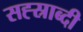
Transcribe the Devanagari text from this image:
सह्स्राब्दी